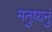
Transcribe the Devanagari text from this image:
मनुष्यनुं